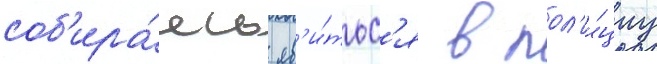
соб'ира́ясь яв'и́тьс'я в пол'и́циу